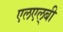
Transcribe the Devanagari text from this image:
एलएल्‌बी